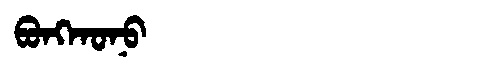
Manchu: ᠪᠣᠩᡴᠣᠨᠣ
Romanization: BONGKONO